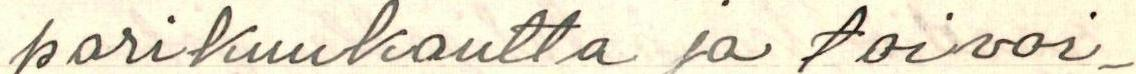
parikuukautta ja toivoi-